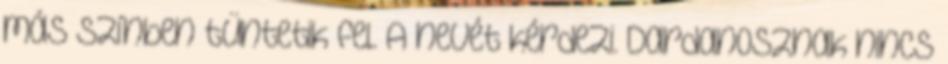
más színben tüntetik fel. A nevét kérdezi. Dardanosznak nincs